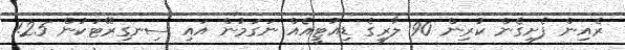
ރެއިން ފެށިގެން ކުރިން 90 ލާރީގެ ޑިއުޓީއެއް ނަގަމުން އައި ސިނގިރޭޓަކުން 1.25